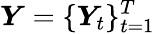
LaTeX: \boldsymbol{Y}=\{ \boldsymbol{Y}_{t}\} _{t=1}^{T}